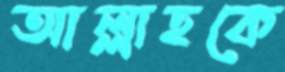
আল্লাহকে